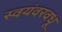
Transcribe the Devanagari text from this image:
स्वयंवरवधू